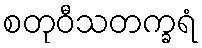
စတုဝီသတက္ခရံ